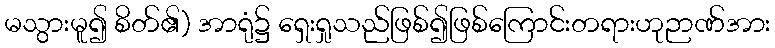
မသွားမူ၍ စိတ်၏) အာရုံ၌ ရှေးရှုသည်ဖြစ်၍ဖြစ်ကြောင်းတရားဟုဉာဏ်အား